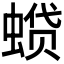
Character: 𫋌